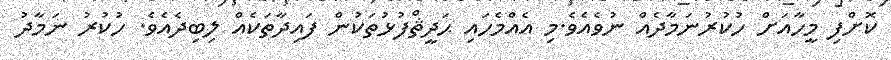
ކޮށްފި މީހާއަށް ހުކުރުނަމާދެއް ނުވެއެވެ.މި އެއްމެހައި ޙަދީޘްފުޅުތަކުން ފައިދާތަކެއް ލިބިދެއެވެ. ހުކުރު ނަމާދު